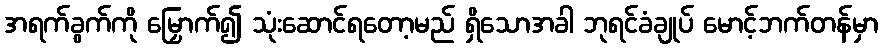
အရက်ခွက်ကို မြှောက်၍ သုံးဆောင်ရတော့မည် ရှိသောအခါ ဘုရင်ခံချုပ် မောင့်ဘက်တန်မှာ